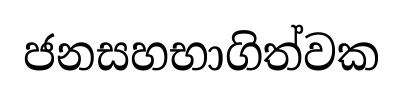
ජනසහභාගිත්වක